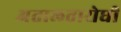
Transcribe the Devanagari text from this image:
अतालतारोधी